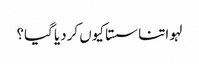
لہو اتنا سستا کیوں کردیا گیا؟